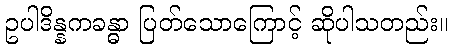
ဥပါဒိန္နကခန္ဓာ ပြတ်သောကြောင့် ဆိုပါသတည်း။